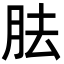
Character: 胠